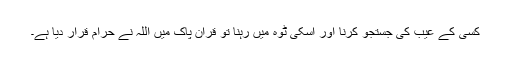
کسی کے عیب کی جستجو کرنا اور اسکی ٹوہ میں رہنا تو قرآن پاک میں اللہ نے حرام قرار دیا ہے۔